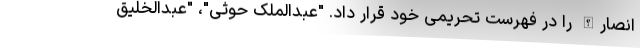
انصارالله را در فهرست تحریمی خود قرار داد. "عبدالملک حوثی"، "عبدالخلیق